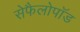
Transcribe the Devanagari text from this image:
सेफैलोपॉड